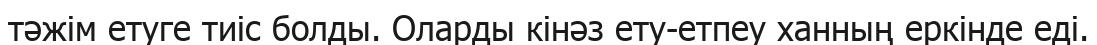
тәжім етуге тиіс болды. Оларды кінәз ету-етпеу ханның еркінде еді.